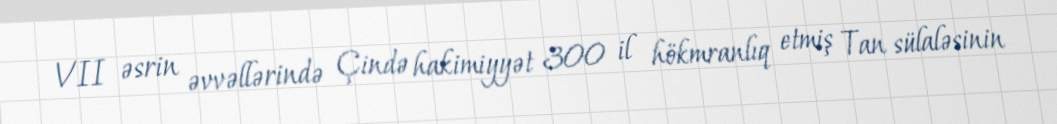
VII əsrin əvvəllərində Çində hakimiyyət 300 il hökmranlıq etmiş Tan sülaləsinin